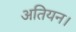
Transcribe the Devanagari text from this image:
अतियन।